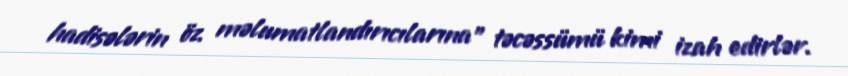
hadisələrin öz məlumatlandırıcılarına" təcəssümü kimi izah edirlər.